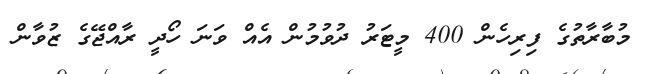
މުބާރާތުގެ ފިރިހެން 400 މީޓަރު ދުވުމުން އެއް ވަނަ ހޯދީ ރާއްޖޭގެ ޒުވާން